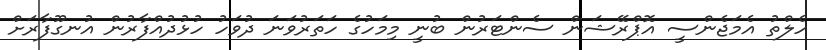
ހެލްތު އެމަޖެންސީ އޮޕްރޭޝަން ސެންޓަރުން ބުނީ މިމަހުގެ ހަތަރުވަނަ ދުވަހު ހުޅުދުއްފާރުން އުނގޫފާރަށް